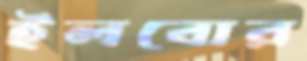
ইলবোর